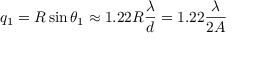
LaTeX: q _ { 1 } = R \sin \theta _ { 1 } \approx 1 . 2 2 { R } { \frac { \lambda } { d } } = 1 . 2 2 { \frac { \lambda } { 2 A } }